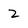
Character: 2